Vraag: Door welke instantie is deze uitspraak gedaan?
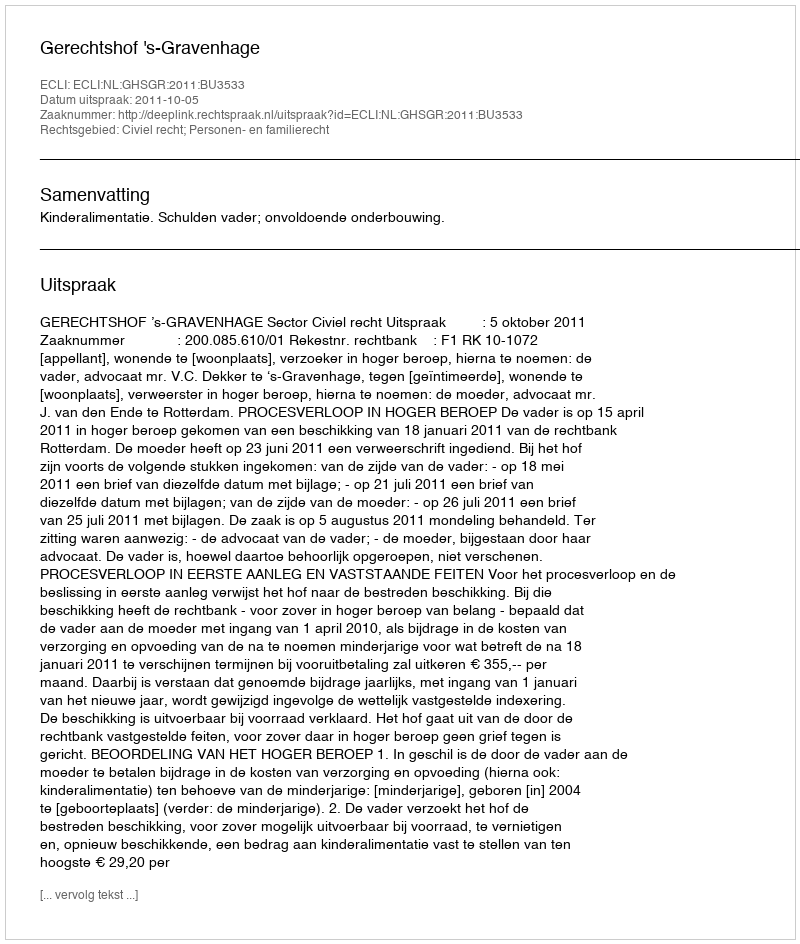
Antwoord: Gerechtshof 's-Gravenhage